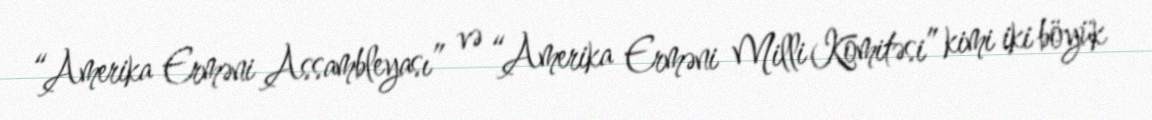
“Amerika Erməni Assambleyası” və “Amerika Erməni Milli Komitəsi” kimi iki böyük